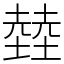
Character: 龳